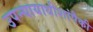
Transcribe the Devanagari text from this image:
उपन्यायाधीशांपैकी